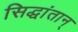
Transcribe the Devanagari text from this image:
सिद्धांतान्